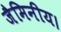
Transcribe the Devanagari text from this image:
जैमिनीय।